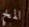
المخ